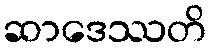
ဆာဒေဿတိ